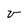
Character: v